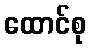
ထောင်စု